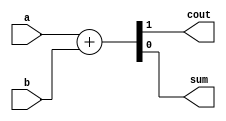
module ha(output cout,sum,
		input a,b);
/*
Behavioural modelling:
*/
assign {cout,sum}=a+b;
  /*
Data Flow Modelling :
assign sum=a^b;
assign cout=a&b;
  */
endmodule